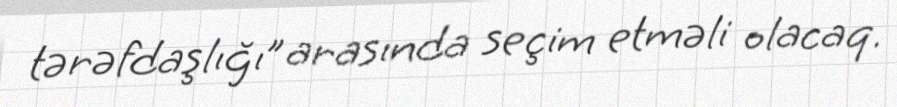
tərəfdaşlığı” arasında seçim etməli olacaq.